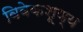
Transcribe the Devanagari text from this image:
विवेकशूण्य